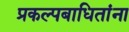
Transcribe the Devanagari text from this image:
प्रकल्पबाधितांना